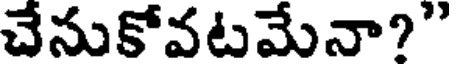
చేనుకోవటమేనా?"